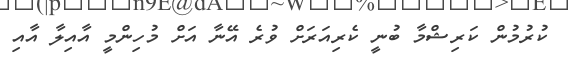
ކުރުމުން ކަރިޝްމާ ބުނީ ކެރިއަރަށް ވުރެ އޭނާ އަށް މުހިންމީ އާއިލާ އާއި